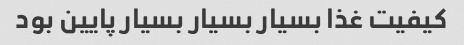
کیفیت غذا بسیار بسیار بسیار پایین بود